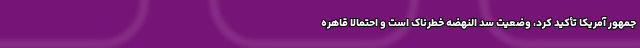
‌جمهور آمریکا تأکید کرد، وضعیت سد النهضه خطرناک است و احتمالا قاهره